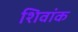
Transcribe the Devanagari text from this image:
शिवांक